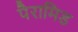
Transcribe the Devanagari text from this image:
पैरामिड